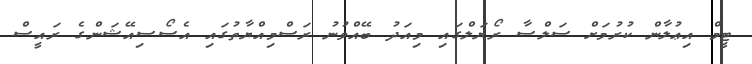
ޓީމް އިޢުލާން ކުރުމަށް ސަލްސާ ރޯޔަލްގައި މިއަދު ބޭއްވުނު ރަސްމިއްޔާތުގައި އެސޯސިއޭޝަންގެ ރައީސް